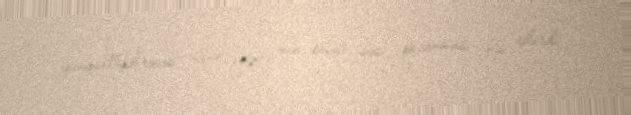
yüngülləşdirməsi üçün 600 min seçici səsi qazanması bəs edərdi.